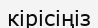
кірісіңіз